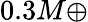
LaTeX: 0.3M\oplus